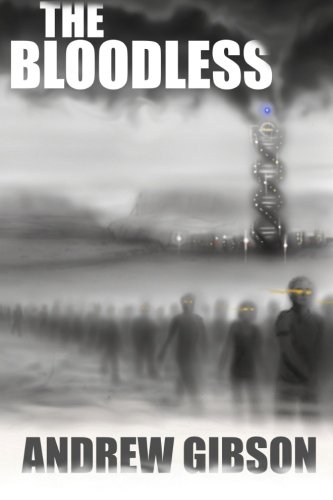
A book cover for The Bloodless; Andrew Gibson; Science Fiction & Fantasy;